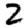
Digit: 2